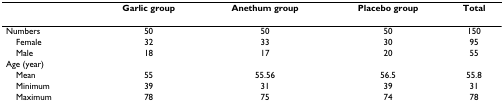
|  | Garlic group | Anethum group | Placebo group | Total |
 | --- | --- | --- | --- | --- |
 | Numbers | 50 | 50 | 50 | 150 |
 | Female | 32 | 33 | 30 | 95 |
 | Male | 18 | 17 | 20 | 55 |
 | Age (year) |  |  |  |  |
 | Mean | 55 | 55.56 | 56.5 | 55.8 |
 | Minimum | 39 | 31 | 39 | 31 |
 | Maximum | 78 | 75 | 74 | 78 |